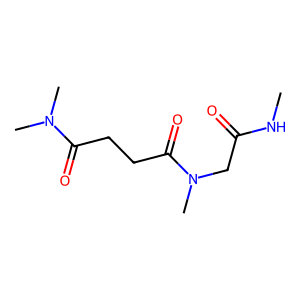
SMILES: CNC(=O)CN(C)C(=O)CCC(=O)N(C)C
Inhibits HIV replication: No